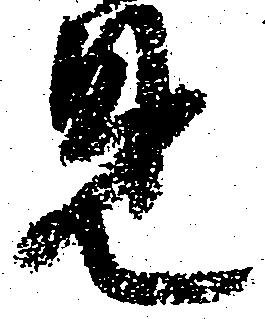
見